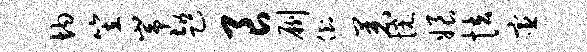
均笠峥趄良劂倒着惋娘怯宦